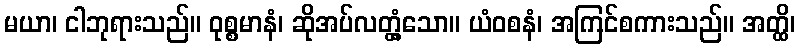
မယာ၊ ငါဘုရားသည်။ ဝုစ္စမာနံ၊ ဆိုအပ်လတ္တံ့သော။ ယံဝစနံ၊ အကြင်စကားသည်။ အတ္ထိ၊